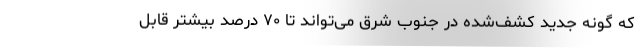
که گونه‌ جدید کشف‌شده در جنوب شرق می‌تواند تا ۷۰ درصد بیشتر قابل